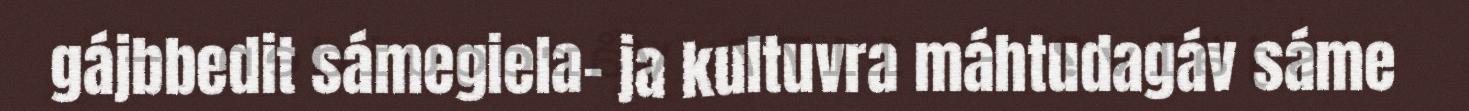
gájbbedit sámegiela- ja kultuvra máhtudagáv sáme